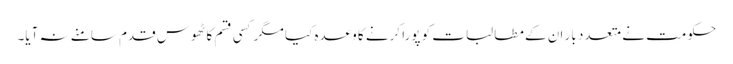
حکومت نے متعدد بار ان کے مطالبات کو پورا کرنے کا وعدہ کیا مگر کسی قسم کا ٹھوس قدم سامنے نہ آیا۔